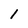
Character: 1